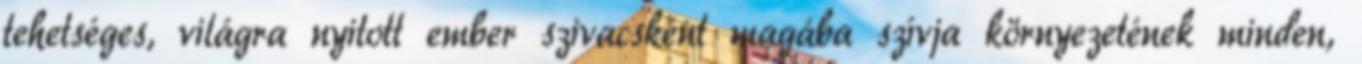
tehetséges, világra nyitott ember szivacsként magába szívja környezetének minden,